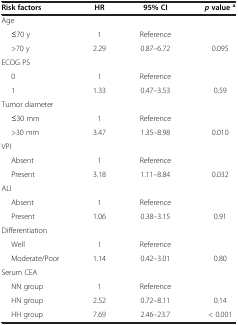
| Risk factors | HR | 95% CI | p value a |
 | --- | --- | --- | --- |
 | Age |  |  |  |
 | ≤70 y | 1 | Reference |  |
 | >70 y | 2.29 | 0.87–6.72 | 0.095 |
 | ECOG PS |  |  |  |
 | 0 | 1 | Reference |  |
 | 1 | 1.33 | 0.47–3.53 | 0.59 |
 | Tumor diameter |  |  |  |
 | ≤30 mm | 1 | Reference |  |
 | >30 mm | 3.47 | 1.35–8.98 | 0.010 |
 | VPI |  |  |  |
 | Absent | 1 | Reference |  |
 | Present | 3.18 | 1.11–8.84 | 0.032 |
 | ALI |  |  |  |
 | Absent | 1 | Reference |  |
 | Present | 1.06 | 0.38–3.15 | 0.91 |
 | Differentiation |  |  |  |
 | Well | 1 | Reference |  |
 | Moderate/Poor | 1.14 | 0.42–3.01 | 0.80 |
 | Serum CEA |  |  |  |
 | NN group | 1 | Reference |  |
 | HN group | 2.52 | 0.72–8.11 | 0.14 |
 | HH group | 7.69 | 2.46–23.7 | < 0.001 |